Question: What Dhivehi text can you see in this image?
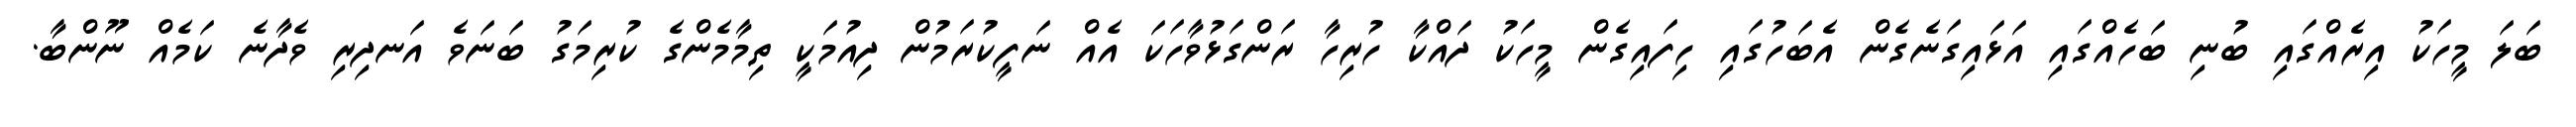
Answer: ބަލަ މީހަކު އިރެއްގައި ބުނި ބަހެއްގައި އަޅައިގަނެގެން އެބަހުގައި ހިފައިގެން މީހަކު ދައްކާ ހުރިހާ ރަންގަޅުވާހަކަ އެއް ނަފީކުރަމުން ދިއުމަކީ ތިމާމެންގެ ކުރިމަގު ބަނަވެ އަނދިރި ވެދާނެ ކަމެއް ނޫންބާ.